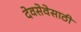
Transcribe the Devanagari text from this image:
देवसेवेसाठी